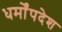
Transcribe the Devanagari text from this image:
धर्मोंपदेश